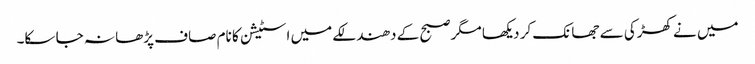
میں نے کھڑکی سے جھانک کر دیکھا مگر صبح کے دھندلکے میں اسٹیشن کا نام صاف پڑھا نہ جا سکا۔